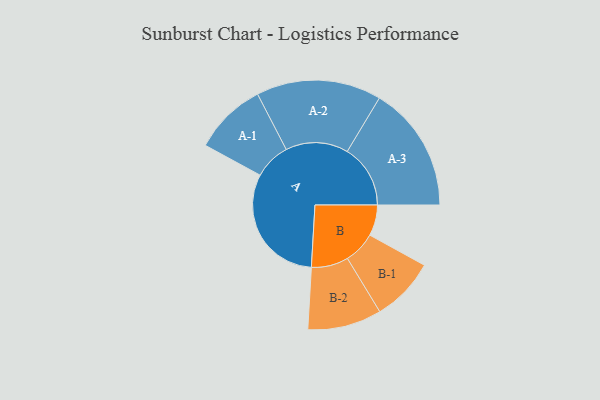
{"axis": {"x": "Segment", "y": "Value"}, "legend": ["", "A", "B"], "data": [{"x": "A", "y": 416, "type": ""}, {"x": "B", "y": 104, "type": ""}, {"x": "A-1", "y": 123, "type": "A"}, {"x": "A-2", "y": 211, "type": "A"}, {"x": "A-3", "y": 213, "type": "A"}, {"x": "B-1", "y": 108, "type": "B"}, {"x": "B-2", "y": 125, "type": "B"}]}